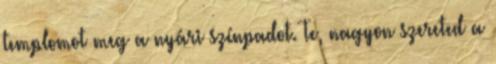
templomot meg a nyári színpadot. Te, nagyon szereted a